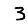
Digit: 3